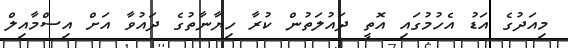
މިއަދުގެ އަޑު އެހުމުގައި އޮތީ ދައުލަތުން ކުރާ ހިޔާނާތުގެ ދައުވާ އަށް އިސްމާއިލް